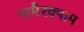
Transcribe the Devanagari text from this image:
नामैरक्पाम